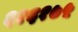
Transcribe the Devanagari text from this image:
६१६१७५